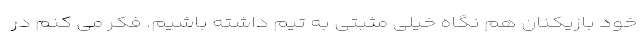
خود بازیکنان هم نگاه خیلی مثبتی به تیم داشته باشیم. فکر می کنم در